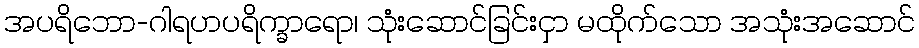
အပရိဘော-ဂါရဟပရိက္ခာရော၊ သုံးဆောင်ခြင်းငှာ မထိုက်သော အသုံးအဆောင်